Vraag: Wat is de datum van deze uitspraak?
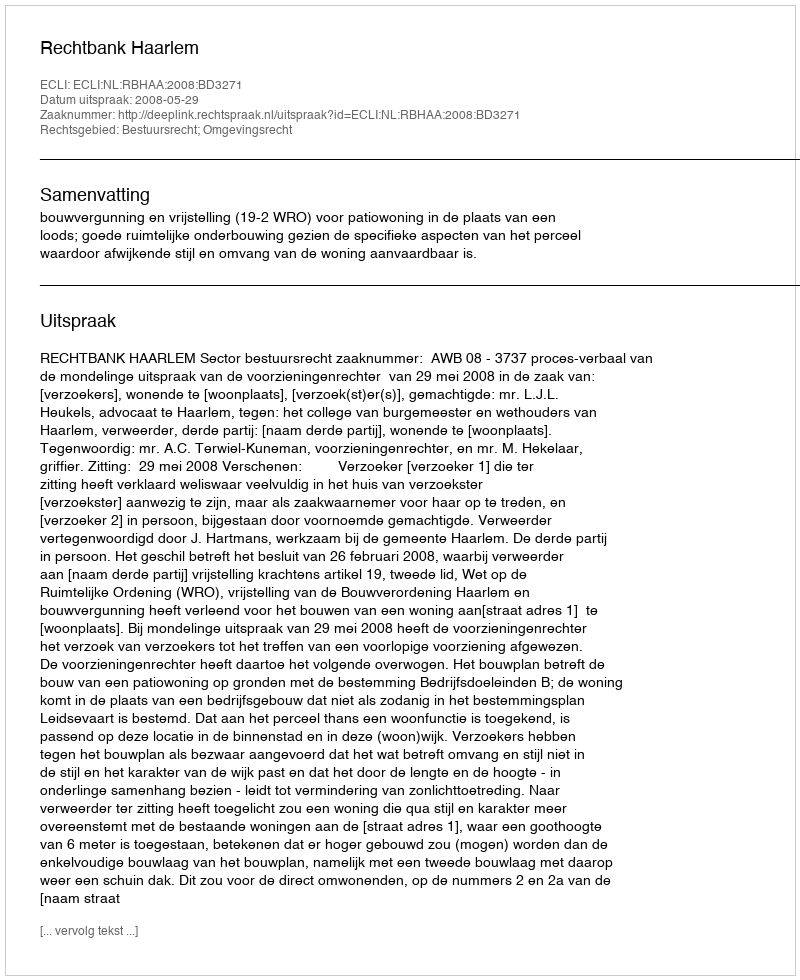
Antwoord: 2008-05-29